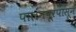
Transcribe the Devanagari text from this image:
पालनपूरपासून